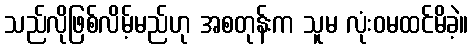
သည်လိုဖြစ်လိမ့်မည်ဟု အစတုန်းက သူမ လုံးဝမထင်မိခဲ့။